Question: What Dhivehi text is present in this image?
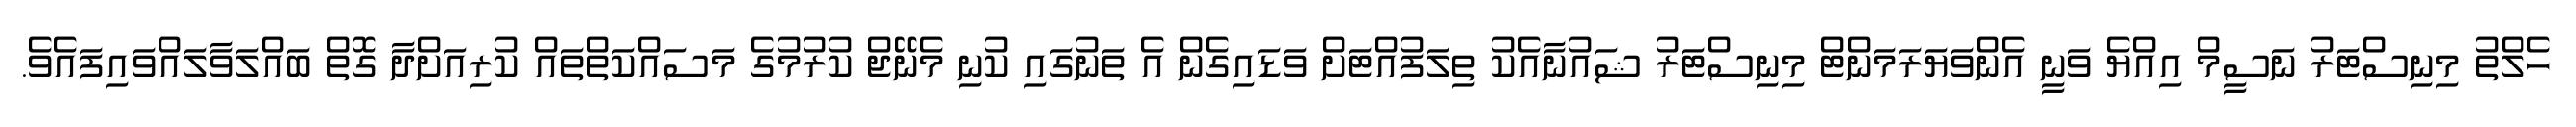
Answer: ހެލްތު މިނިސްޓަރު ނަސީމް އިއްޔެ ވަނީ އެންވަޔަރަމަންޓް މިނިސްޓަރު ޝައުނާއެކު ތިލަފުއްޓަށް ވަޑައިގެން އެ ތަނުގައި ކުނި މެނޭޖް ކުރުމުގެ މަސައްކަތްތައް ކުރިއަށްދާ ގޮތް ބައްލަވާލައްވައިފައެވެ.